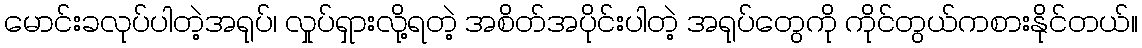
မောင်းခလုပ်ပါတဲ့အရုပ်၊ လှုပ်ရှားလို့ရတဲ့ အစိတ်အပိုင်းပါတဲ့ အရုပ်တွေကို ကိုင်တွယ်ကစားနိုင်တယ်။